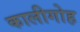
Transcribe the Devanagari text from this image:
कालीगोह